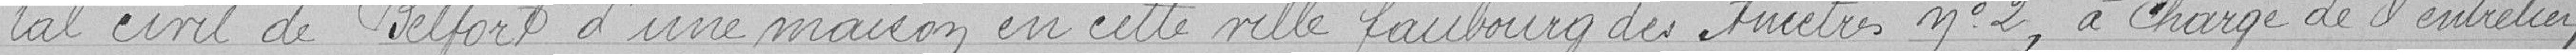
tal civil de Belfort d'une maison en cette ville faubourg des ancêtres nº 2, à charge de l'entretien,